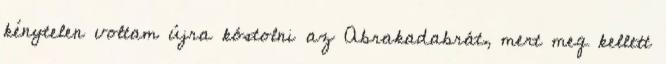
kénytelen voltam újra kóstolni az Abrakadabrát, mert meg kellett